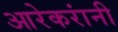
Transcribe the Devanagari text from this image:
आरेकरांनी